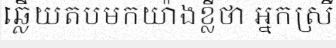
ឆ្លើយតបមកយ៉ាងខ្លីថា អ្នកស្រី